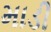
માડી